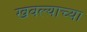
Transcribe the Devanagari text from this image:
खवल्याच्या